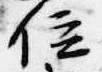
位